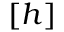
[ h ]